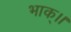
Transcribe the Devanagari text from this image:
भाक्।।